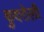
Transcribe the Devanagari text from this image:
कुदरोली